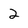
Character: 2